Calcutta medical institutions reports 1871-78
Year: 1871
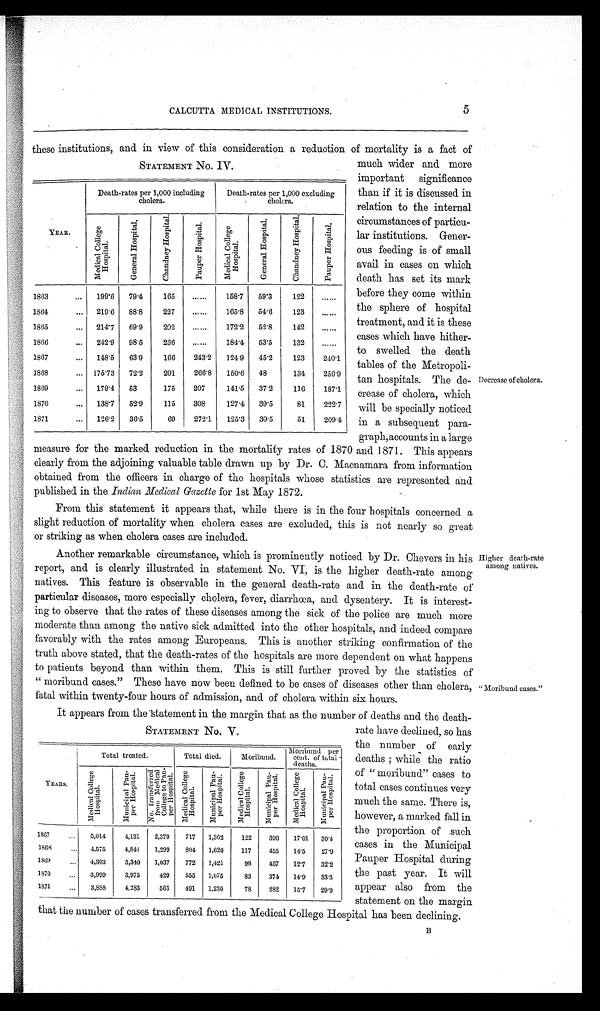
CALCUTTA MEDICAL INSTITUTIONS.
5
these institutions, and in view of this consideration a reduction of mortality is a fact of
STATEMENT No.IV.
YEAR.
Death-rates per 1,000 including
cholera.
Death-rates per 1,000 excluding
cholera.
M e d i c a l C o l l a g e H o s p i t a l .
G e n e r a l H o s p i t a l .
C h a n d n e y H o s p i t a l .
P a u p e r H o s p i t a l .
M e d i c a l C o l l a g e H o s p i t a l .
G e n e r a l H o s p i t a l .
C h a n d n e y H o s p i t a l .
P a u p e r H o s p i t a l .
1863
199·6 79·4 165
158·7
59·3 122
1864
219·6 88·8 227
165·8 54·6 123
1865
214·7 69·9
202
52·8 142
1866
242·9
236
53·5 132
1867
148·5 63·9 166 243·2 124·9 45·2
123
240·1
1 8 6 8 175·73 72·2 201
206·8
1 5 0 · 6 48
134 256·9
1869
179·4 53
175 207
141·5 37·2 116
187·1
1870
138·7 52·9 115 308
127·4 39·5
81
222·7
1871
126·2 36·5
69
272·1 125·3 30·5
51
209·4
much wider and more
important significance
than if it is discussed in
relation to the internal
circumstances of particu-
lar institutions. Gener-
ous feeding is of small
avail in cases on which
death has set its mark
before they come within
the sphere of hospital
treatment, and it is these
cases which have hither-
to swelled the death
tables of the Metropoli-
tan hospitals. The de-
crease of cholera, which
will be specially noticed
in a subsequent para-
graph.accounts in a large
Decrease of cholera.
measure for the marked reduction in the mortality rates of 1870 and 1871. This appears
clearly from the adjoining valuable table drawn up by Dr. C. Macnamara from information
obtained from the officers in charge of the hospitals whose statistics are represented and
published in the Indian Medical Gazette for 1st May 1872.
From this statement it appears that, while there is in the four hospitals concerned a
slight reduction of mortality when cholera cases are excluded, this is not nearly so great
or striking as when cholera cases are included.
Another remarkable circumstance, which is prominently noticed by Dr. Chevers in his
report, and is clearly illustrated in statement No. VI, is the higher death-rate among
natives. This feature is observable in the general death-rate and in the death-rate of
particular diseases, more especially cholera, fever, diarrhœa, and dysentery. It is interest-
ing to observe that the rates of these diseases among the sick of the police are much more
moderate than among the native sick admitted into the other hospitals, and indeed compare
favorably with the rates among Europeans. This is another striking confirmation of the
truth above stated, that the death-rates of the hospitals are more dependent on what happens
to patients beyond than within them. This is still further proved by the statistics of
"moribund cases." These have now been defined to be cases of diseases other than cholera,
fatal within twenty-four hours of admission, and of cholera within six hours.
It appears from the statement in the margin that as the number of deaths and the death-
Higher death-rate
among natives.
"Moribund cases"
STATEMENT No. V.
YEARS
T o t a l t r e a t e d .
Total died.
Moribund.
Moribund per
cent. of total
deaths.
M e d i c a l C o l l a g e H o s p i t a l .
M u n i c i p a l P a u p e r H o s p i t a l
N o . t r a n s f e r r e d f r o m M e d i c a l C o l l e g e t o P a u p e r H o s p i t a l . M e d i c a l C o l l a g e H o s p i t a l
M u n i c i p a l P a u p e r H o s p i t a l .
M e d i c a l C o l l a g e H o s p i t a l
M u n i c i p a l P a u p e r H o s p i t a l . M e d i c i a l C o l l a g e H o s p i t a l .
M u n i c i p a l P a u p e r H o s p i t a l
1867
5,014
4,131 2,379 717 1,302 122 396 17·01 30·4
1868
4,575
4,841 1,299 804 1,626 117 455 14·5 27·9
1869
4,303
5,340 1,037 772 l,421
98 457 12·7 32·2
1870
3,999
3,975
429 555 1,075
83 374 14·9 33·3
1871
3,888
4,283
563 491 1,230
78 282 15·7 29·9
rate have declined, so has
the number of early
deaths; while the ratio
of "moribund" cases to
total cases continues very
much the same. There is,
however, a marked fall in
the proportion of such
cases in the Municipal
Pauper Hospital during
the past year. It will
appear also from the
statement on the margin
that the number of cases transferred from the Medical College Hospital has been declining. B